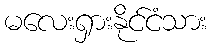
မလေးရှားနိုင်ငံသား